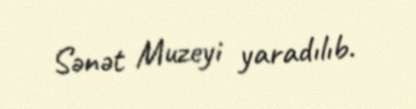
Sənət Muzeyi yaradılıb.